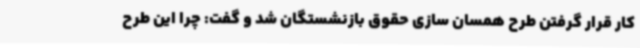
کار قرار گرفتن طرح همسان سازی حقوق بازنشستگان شد و گفت: چرا این طرح